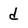
Character: d